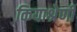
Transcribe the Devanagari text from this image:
कियाश्रेणी